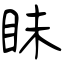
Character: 眛